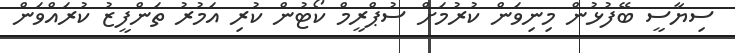
ސިޔާސީ ބޭފުޅުން މިނިވަން ކުރުމަށް ސުޕްރީމް ކޯޓުން ކުރި އަމުރު ތަންފީޒު ކުރައްވަން